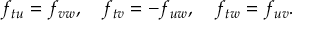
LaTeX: f _ { t u } = f _ { v w } , \quad f _ { t v } = - f _ { u w } , \quad f _ { t w } = f _ { u v } .